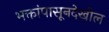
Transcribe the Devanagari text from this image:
भक्तांपासूनदेखील